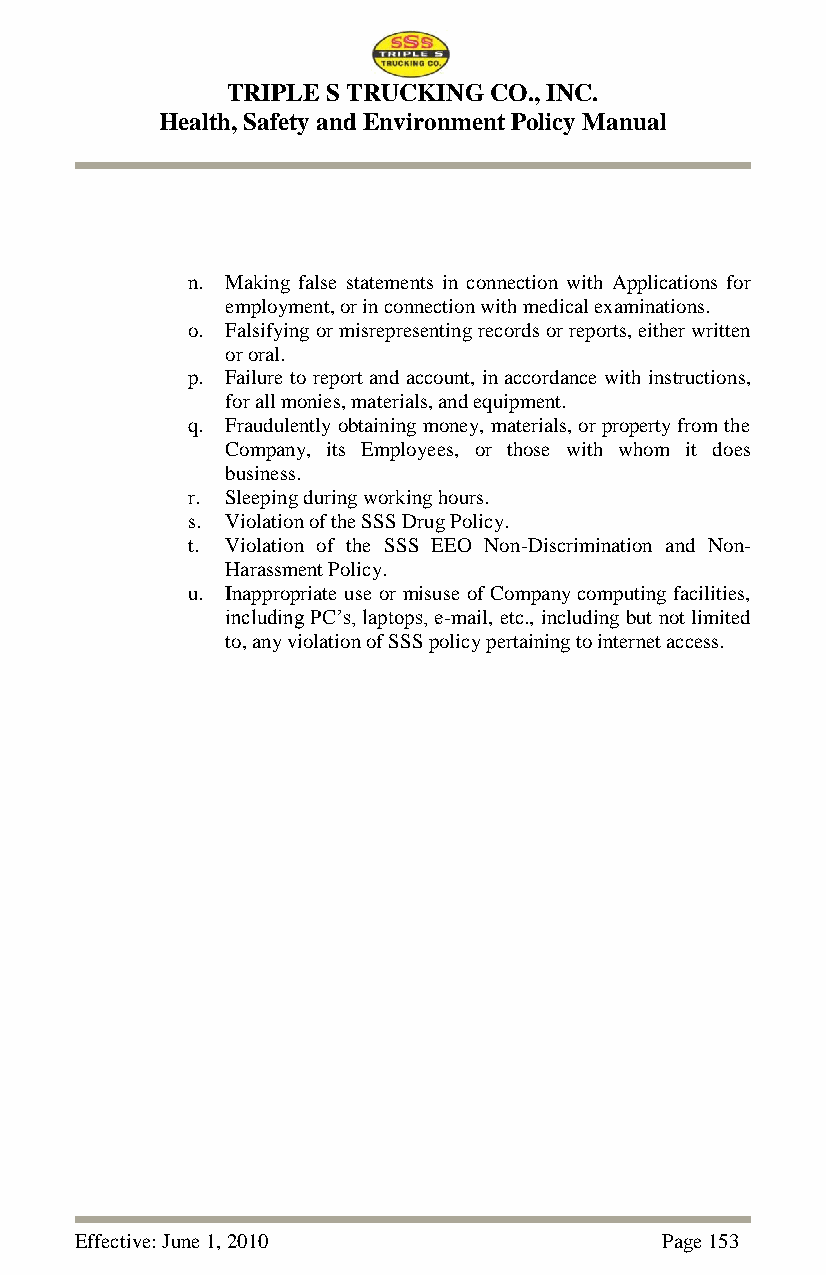
TRIPLE S TRUCKING CO., INC.
 Health, Safety and Environment Policy Manual
 n. Making false statements in connection with Applications for
 employment, or in connection with medical examinations.
 o. Falsifying or misrepresenting records or reports, either written
 or oral.
 p. Failure to report and account, in accordance with instructions,
 for all monies, materials, and equipment.
 q. Fraudulently obtaining money, materials, or property from the
 Company, its Employees, or those with whom it does
 business.
 r. Sleeping during working hours.
 s. Violation of the SSS Drug Policy.
 t. Violation of the SSS EEO Non-Discrimination and Non-
 Harassment Policy.
 u. Inappropriate use or misuse of Company computing facilities,
 including PC‘s, laptops, e-mail, etc., including but not limited
 to, any violation of SSS policy pertaining to internet access.
 Effective: June 1, 2010                Page 153